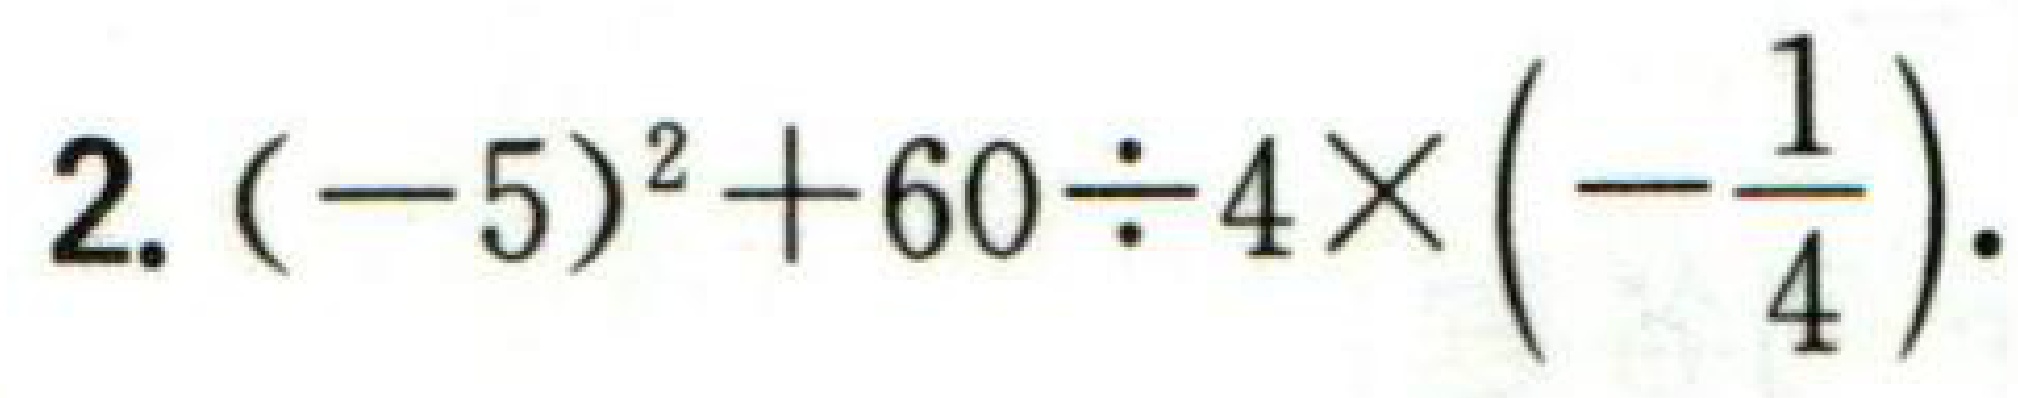
$2.(-5)^{2}+60\div 4\times\left(-\dfrac{1}{4}\right).$